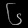
Digit: ၆